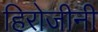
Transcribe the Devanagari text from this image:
हिरोजीनी